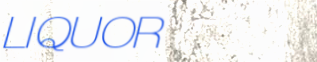
LIQUOR